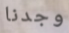
وجدنا